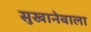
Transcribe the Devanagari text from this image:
सुखानेवाला